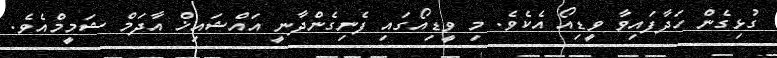
ގުޅިގެން ހަދާފައިވާ ވީޑިއޯ އެކެވެ. މި ވީޑިއޯގައި ފެނިގެންދާނީ އައްޝައިޚް އާދަމް ޝަމީމްއެވެ.